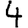
Digit: 4